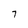
Character: 7